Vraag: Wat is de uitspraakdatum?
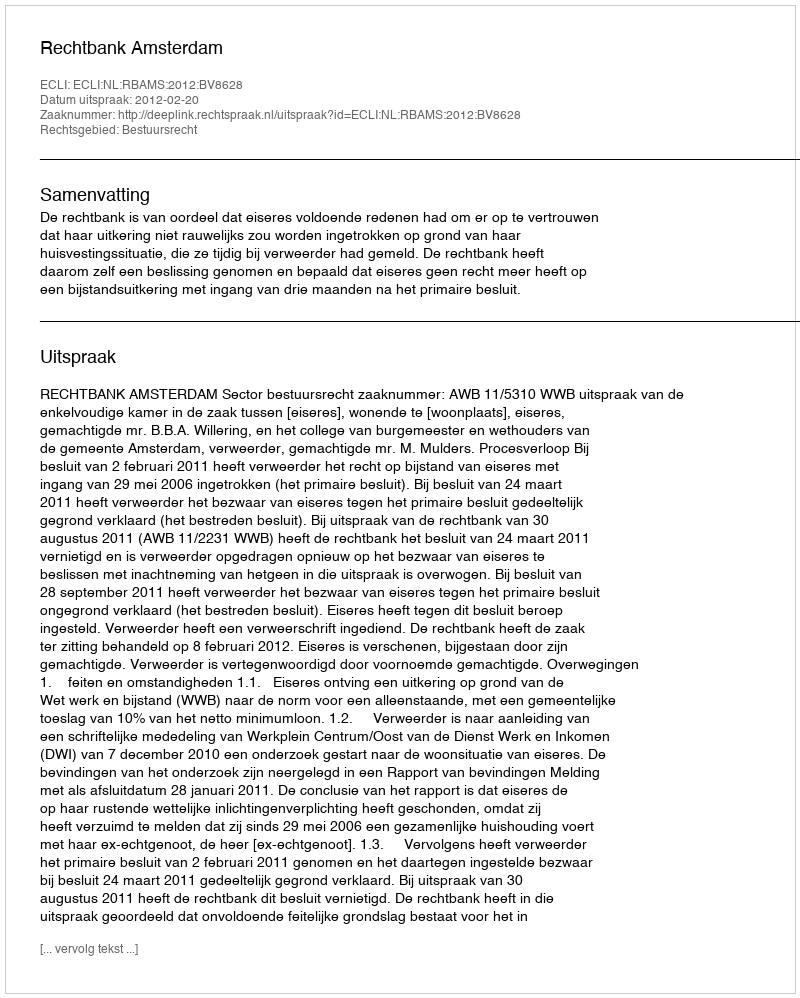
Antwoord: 2012-02-20